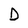
Character: D